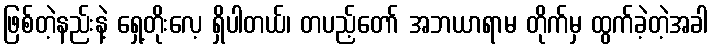
ဖြစ်တဲ့နည်းနဲ့ ရှေ့တိုးလေ့ ရှိပါတယ်၊ တပည့်တော် အဘယာရာမ တိုက်မှ ထွက်ခဲ့တဲ့အခါ